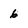
Character: 6